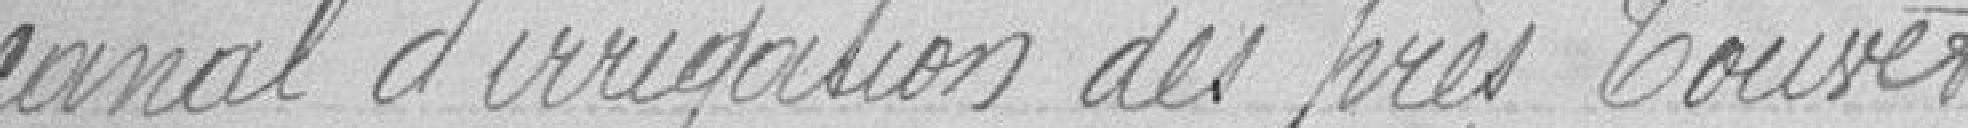
canal d'irrigation des près Couvet